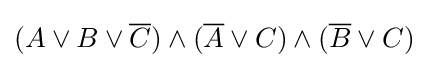
(A\vee B\vee {\overline {C}})\wedge ({\overline {A}}\vee C)\wedge ({\overline {B}}\vee C)